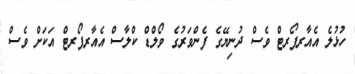
ހުޅުލެ އެއާރޕޯރޓް ވެސް ދުނިޔޭގެ ފެންވަރުގެ ވޯލްޑް ކްލާސް އެއާރޕޯރޓް އަކަށް ވެސް